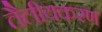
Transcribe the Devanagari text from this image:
तैलीयकरण